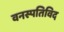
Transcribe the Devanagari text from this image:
वनस्पतिविद